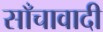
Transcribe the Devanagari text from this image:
साँचावादी